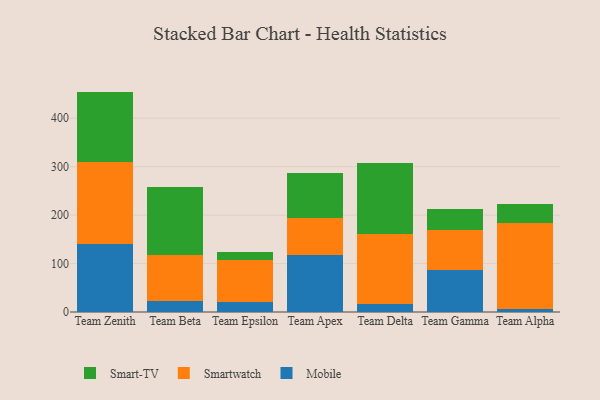
{"axis": {"x": "Team", "y": "Gross Profit (USD K)"}, "legend": ["Mobile", "Smart-TV", "Smartwatch"], "data": [{"x": "Team Zenith", "y": 141.2, "type": "Mobile"}, {"x": "Team Zenith", "y": 168.0, "type": "Smartwatch"}, {"x": "Team Zenith", "y": 145.9, "type": "Smart-TV"}, {"x": "Team Beta", "y": 23.3, "type": "Mobile"}, {"x": "Team Beta", "y": 94.0, "type": "Smartwatch"}, {"x": "Team Beta", "y": 141.5, "type": "Smart-TV"}, {"x": "Team Epsilon", "y": 20.9, "type": "Mobile"}, {"x": "Team Epsilon", "y": 87.0, "type": "Smartwatch"}, {"x": "Team Epsilon", "y": 16.8, "type": "Smart-TV"}, {"x": "Team Apex", "y": 118.6, "type": "Mobile"}, {"x": "Team Apex", "y": 76.4, "type": "Smartwatch"}, {"x": "Team Apex", "y": 92.6, "type": "Smart-TV"}, {"x": "Team Delta", "y": 17.4, "type": "Mobile"}, {"x": "Team Delta", "y": 142.8, "type": "Smartwatch"}, {"x": "Team Delta", "y": 146.9, "type": "Smart-TV"}, {"x": "Team Gamma", "y": 87.3, "type": "Mobile"}, {"x": "Team Gamma", "y": 82.3, "type": "Smartwatch"}, {"x": "Team Gamma", "y": 42.5, "type": "Smart-TV"}, {"x": "Team Alpha", "y": 5.6, "type": "Mobile"}, {"x": "Team Alpha", "y": 177.5, "type": "Smartwatch"}, {"x": "Team Alpha", "y": 39.8, "type": "Smart-TV"}]}